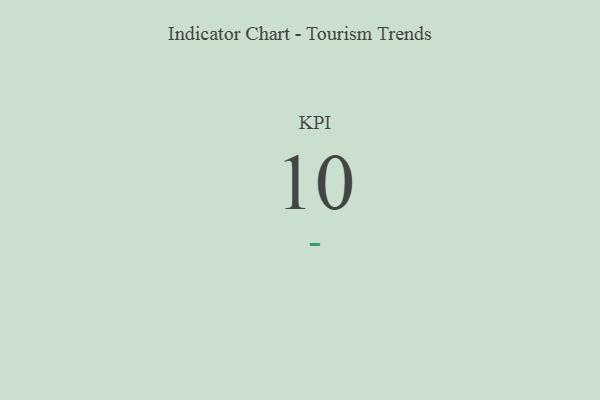
{"axis": {"x": "KPI", "y": "Value"}, "legend": [""], "data": [{"x": "KPI", "y": 10, "type": ""}]}